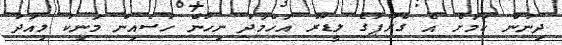
ދިނުން ކަމަށް އެ ގްރޫޕުގެ ލީޑަރު އަހްމަދު ނިހާން ހުސެއިން މަނިކު މިއަދު